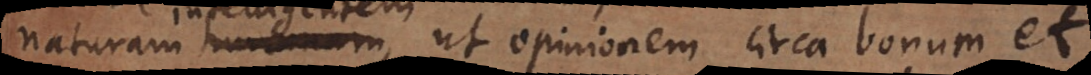
naturam humanam, ut opinionem circa bonum et